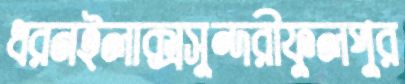
ধরনইলাক্সসুন্দরীফুলপুর